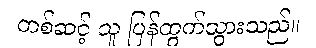
တစ်ဆင့် သူ ပြန်ထွက်သွားသည်။